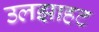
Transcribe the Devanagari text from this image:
उलझाहट